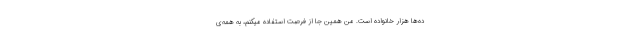
ده‌ها هزار خانواده است. من همین جا از فرصت استفاده میکنم، به همه‌ی